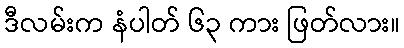
ဒီလမ်းက နံပါတ် ၆၃ ကား ဖြတ်လား။